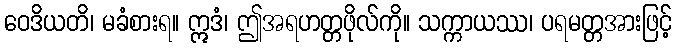
ဝေဒိယတိ၊ မခံစားရ။ ဣဒံ၊ ဤအရဟတ္တဖိုလ်ကို။ သက္ကာယဿ၊ ပရမတ္တအားဖြင့်